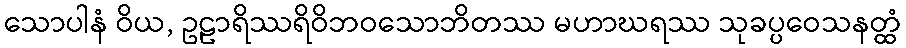
သောပါနံ ဝိယ, ဥဠာရိဿရိဝိဘဝသောဘိတဿ မဟာဃရဿ သုခပ္ပဝေသနတ္ထံ